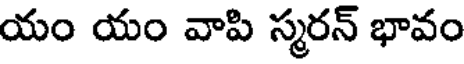
యం యం వాపి స్మరన్ భావం